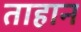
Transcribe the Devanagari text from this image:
ताहान